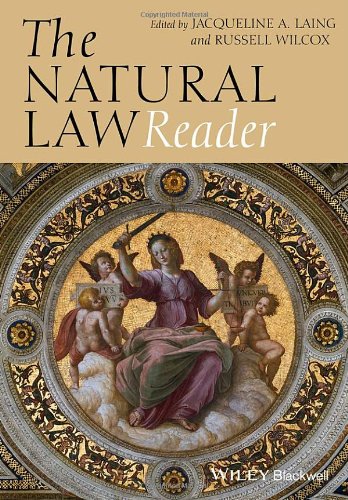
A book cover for The Natural Law Reader; Law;